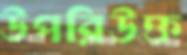
উপরিউক্ত